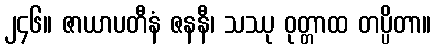
၂၄၆။ ဇာယာပတီနံ ဇနနီ၊ သဿု ဝုတ္တာထ တပ္ပိတာ။